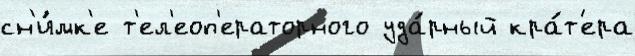
сн'и́мк'е т'ел'еоп'ераторного уда́рный кра́т'ера